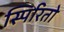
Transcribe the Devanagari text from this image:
स्पिरितो